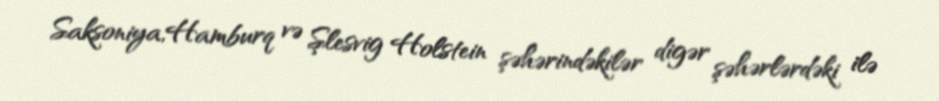
Saksoniya,Hamburq və Şlesvig Holstein şəhərindəkilər digər şəhərlərdəki ilə